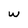
Character: w